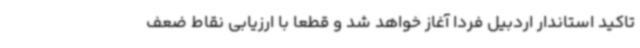
تاکید استاندار اردبیل فردا آغاز خواهد شد و قطعا با ارزیابی نقاط ضعف